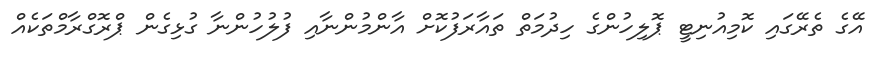
އޭގެ ތެރޭގައި ކޮމިއުނިޓީ ޕޮލިހުންގެ ހިދުމަތް ތައާރަފުކޮށް އާންމުންނާއި ފުލުހުންނާ ގުޅިގެން ޕްރޮގްރާމްތަކެއް